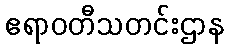
ဧရာဝတီသတင်းဌာန